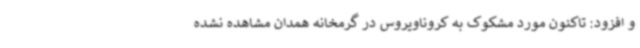
و افزود: تاکنون مورد مشکوک به کروناویروس در گرمخانه همدان مشاهده نشده